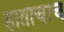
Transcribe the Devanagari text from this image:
हाताचाच